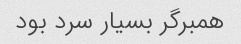
همبرگر بسیار سرد بود